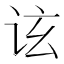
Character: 𬣤